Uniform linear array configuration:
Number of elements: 48
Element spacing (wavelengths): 1
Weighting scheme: binomial
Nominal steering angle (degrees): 0
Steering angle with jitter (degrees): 0.08796
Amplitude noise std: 0.05
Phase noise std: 0.05

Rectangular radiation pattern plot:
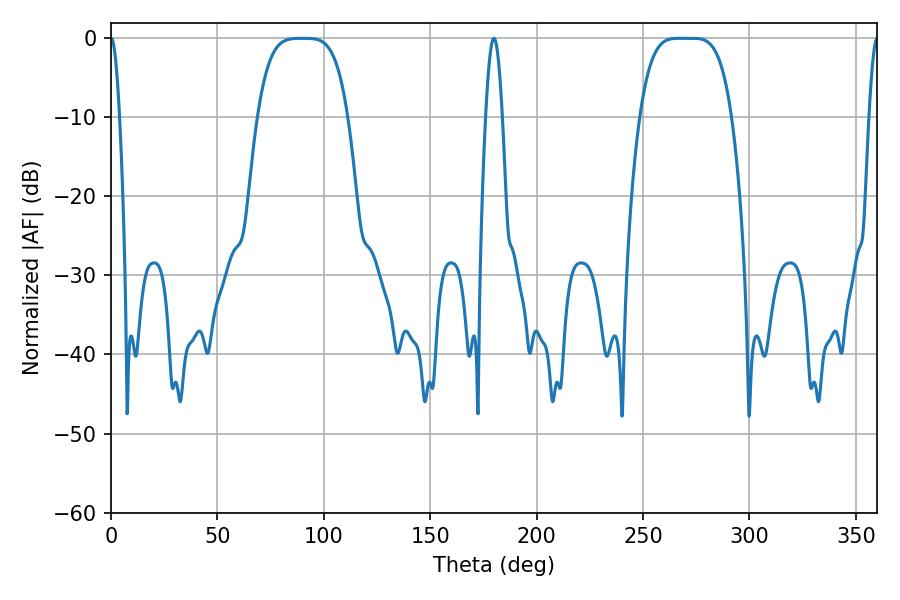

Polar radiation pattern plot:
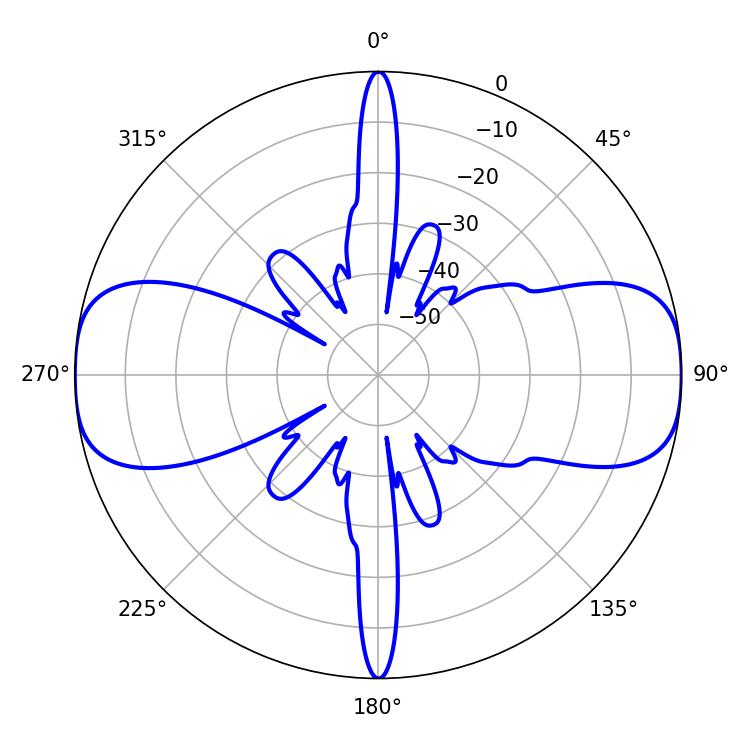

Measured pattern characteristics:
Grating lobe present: TRUE
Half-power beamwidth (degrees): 32.04
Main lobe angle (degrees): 266.94